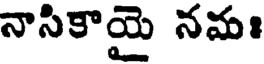
నాసికాయై నమః